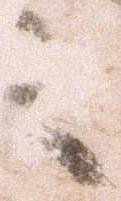
之